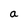
Character: a